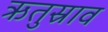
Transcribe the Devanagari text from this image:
ऋतुस्राव